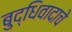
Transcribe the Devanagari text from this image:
बुद्धिवादाचे